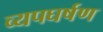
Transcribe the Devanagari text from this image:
व्यपघर्षण